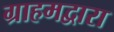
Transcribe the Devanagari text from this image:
ग्राहमद्वारा